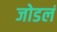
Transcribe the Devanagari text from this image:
जोडलं